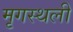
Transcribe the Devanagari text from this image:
मृगस्थली